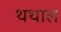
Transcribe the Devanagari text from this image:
थथाल